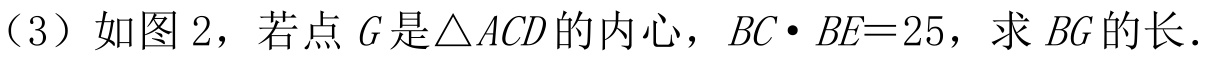
（3）如图 2，若点 \(G\) 是\(\triangle ACD\)的内心，\(BC\cdot BE = 25\)，求 \(BG\) 的长．